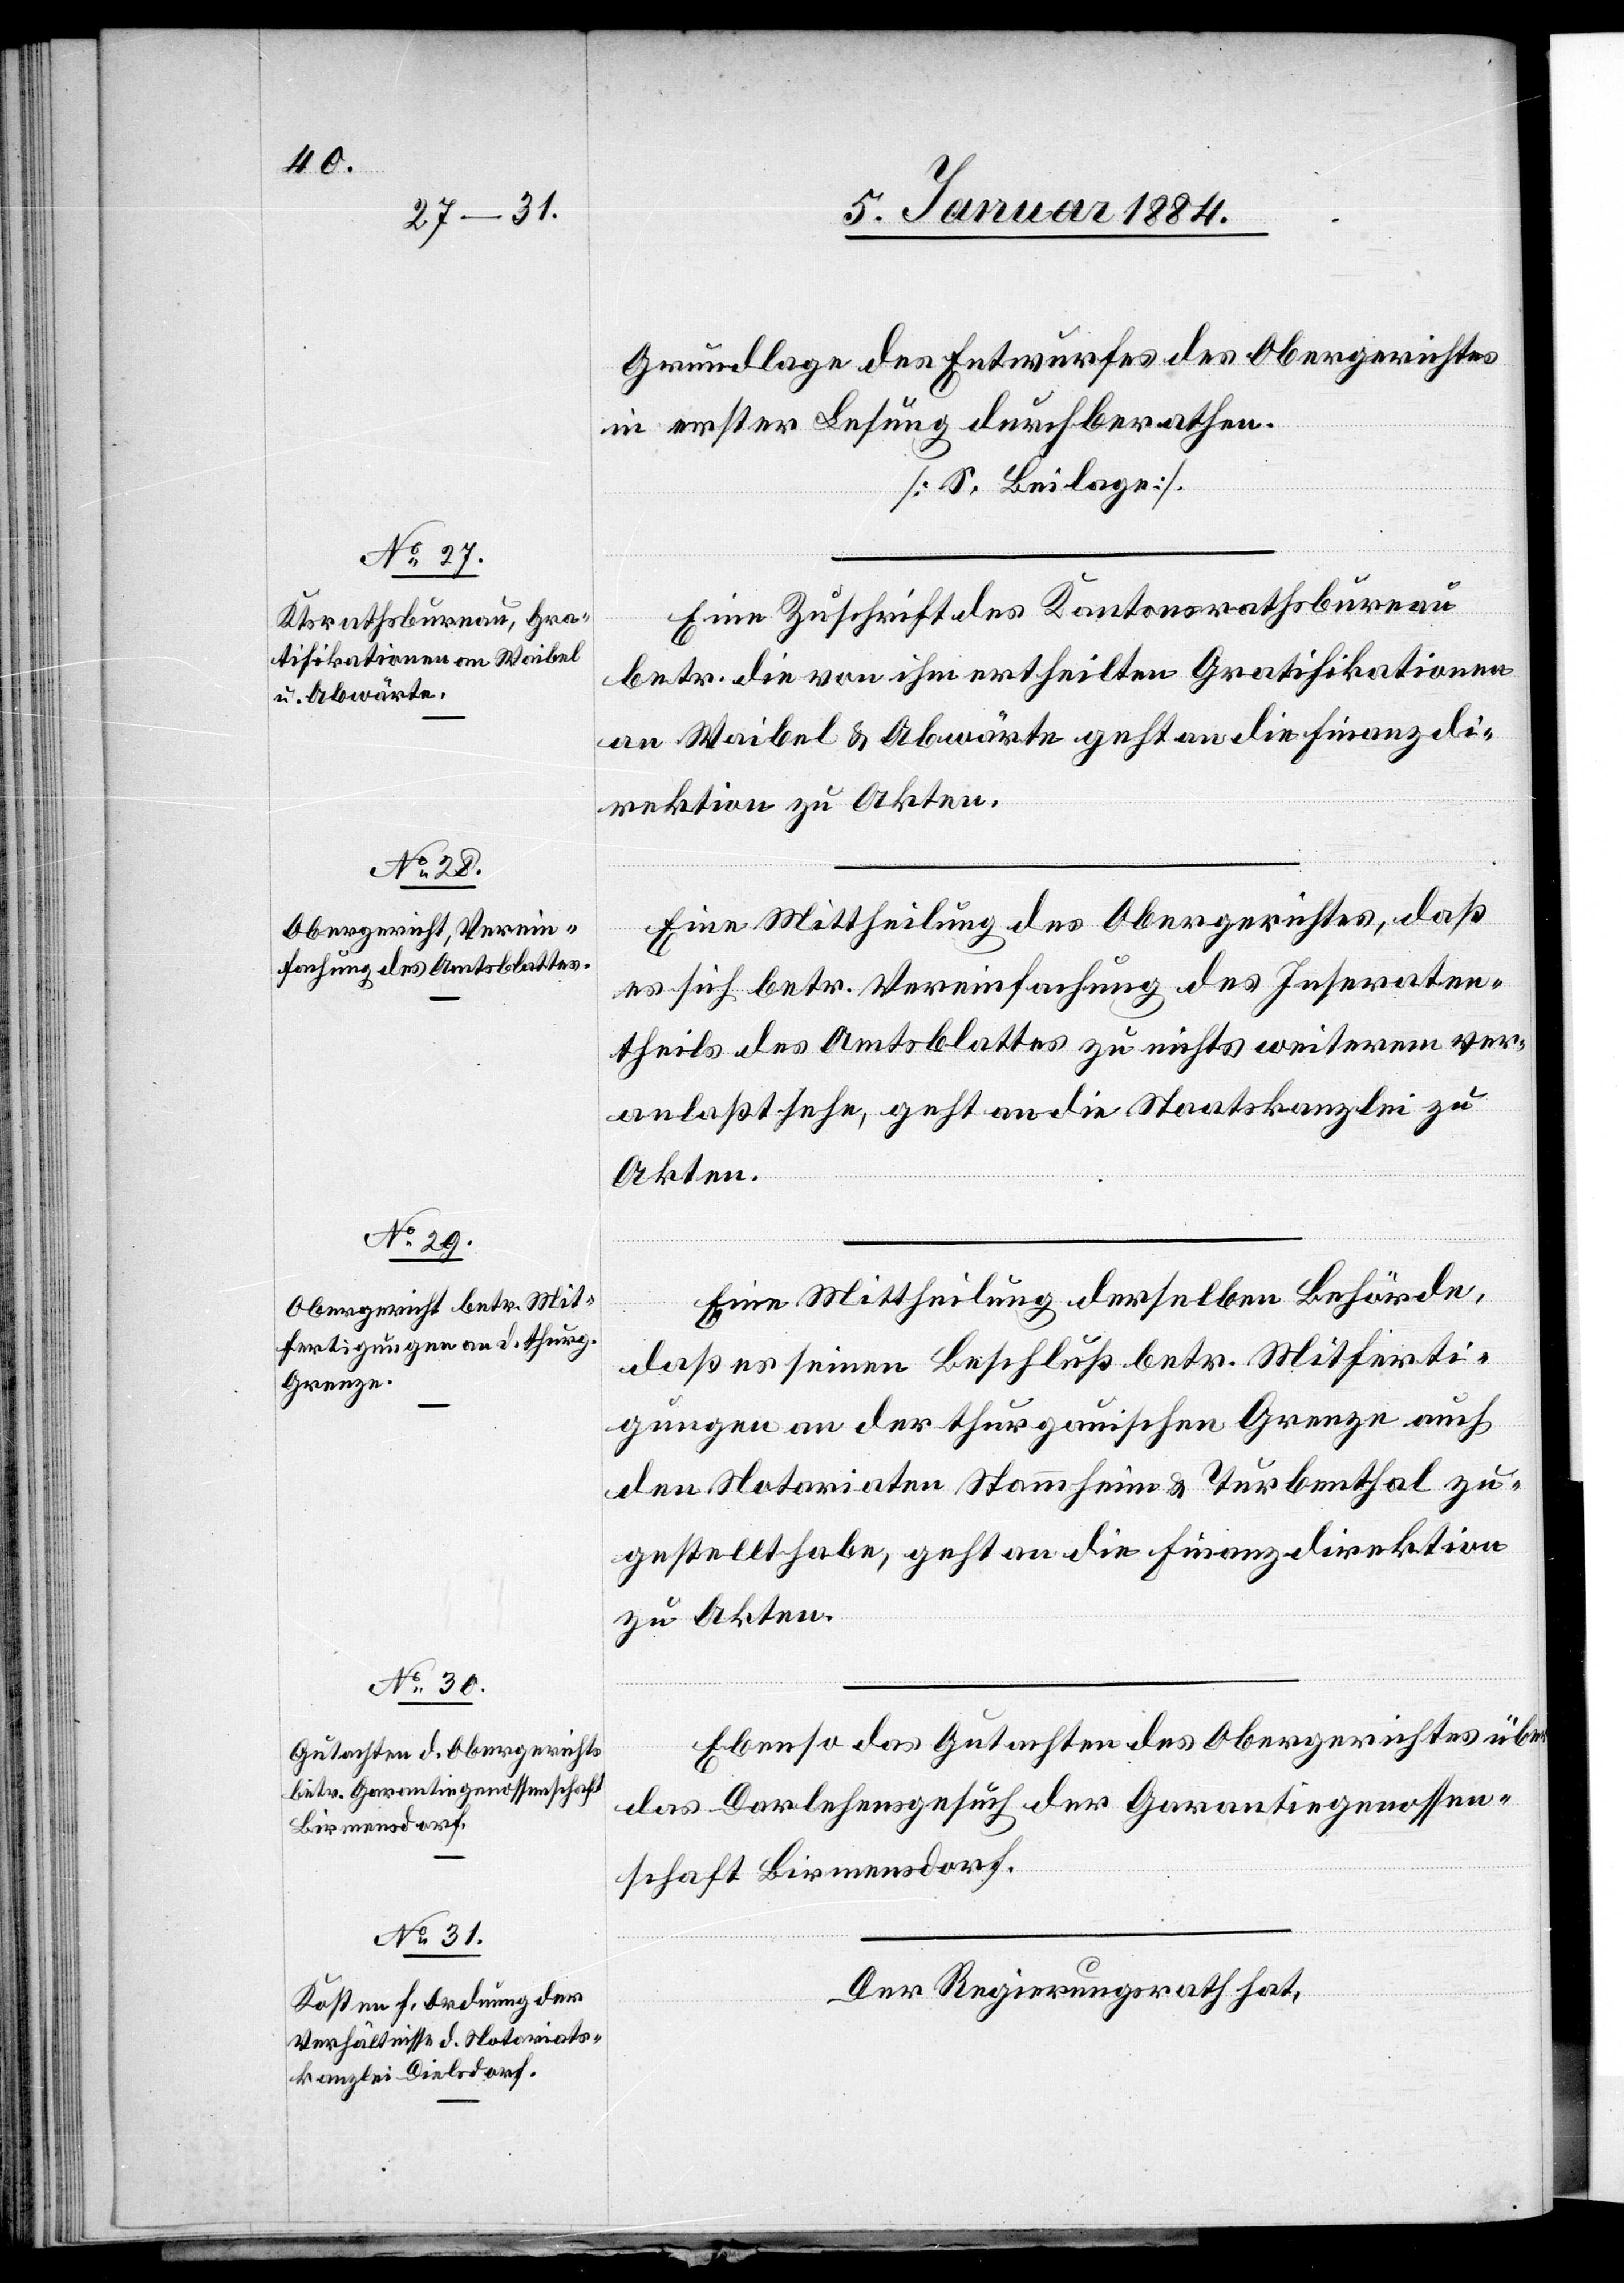
Grundlage des Entwurfes des Obergerichtes
in erster Lesung durchberathen.
[S. Beilage].
Eine Zuschrift des Kantonsrathsbureau
etzung
betr. die von ihm ertheilten Gratifikationen
an Waibel & Abwärte geht an die Finanzdi¬
rektion zu Akten.
Eine Mittheilung des Obergerichtes, daß
es sich betr. Vereinfachung des Inseraten¬
theils des Amtsblattes zu nichts weiterem ver¬
anlaßt sehe, geht an die Staatskanzlei zu
Akten.
Eine Mittheilung derselben Behörde,
daß es seinen Beschluß betr. Mitferti¬
gungen an der thurgauischen Grenze auch
den Notariaten Stammheim & Turbenthal zu¬
gestellt habe, geht an die Finanzdirektion
zu Akten.
Ebenso das Gutachten des Obergerichtes über
das Darlehensgesuch der Garantiegenossen¬
schaft Birmensdorf.
Der Regierungsrath hat,